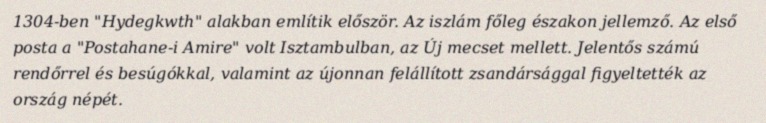
1304-ben "Hydegkwth" alakban említik először. Az iszlám főleg északon jellemző. Az első posta a "Postahane-i Amire" volt Isztambulban, az Új mecset mellett. Jelentős számú rendőrrel és besúgókkal, valamint az újonnan felállított zsandársággal figyeltették az ország népét.